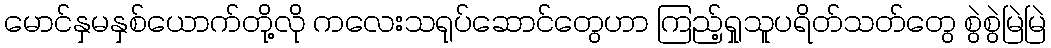
မောင်နှမနှစ်ယောက်တို့လို ကလေးသရုပ်ဆောင်တွေဟာ ကြည့်ရှုသူပရိတ်သတ်တွေ စွဲစွဲမြဲမြဲ